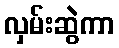
လှမ်းဆွဲကာ